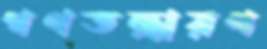
গণতন্ত্রায়ণ